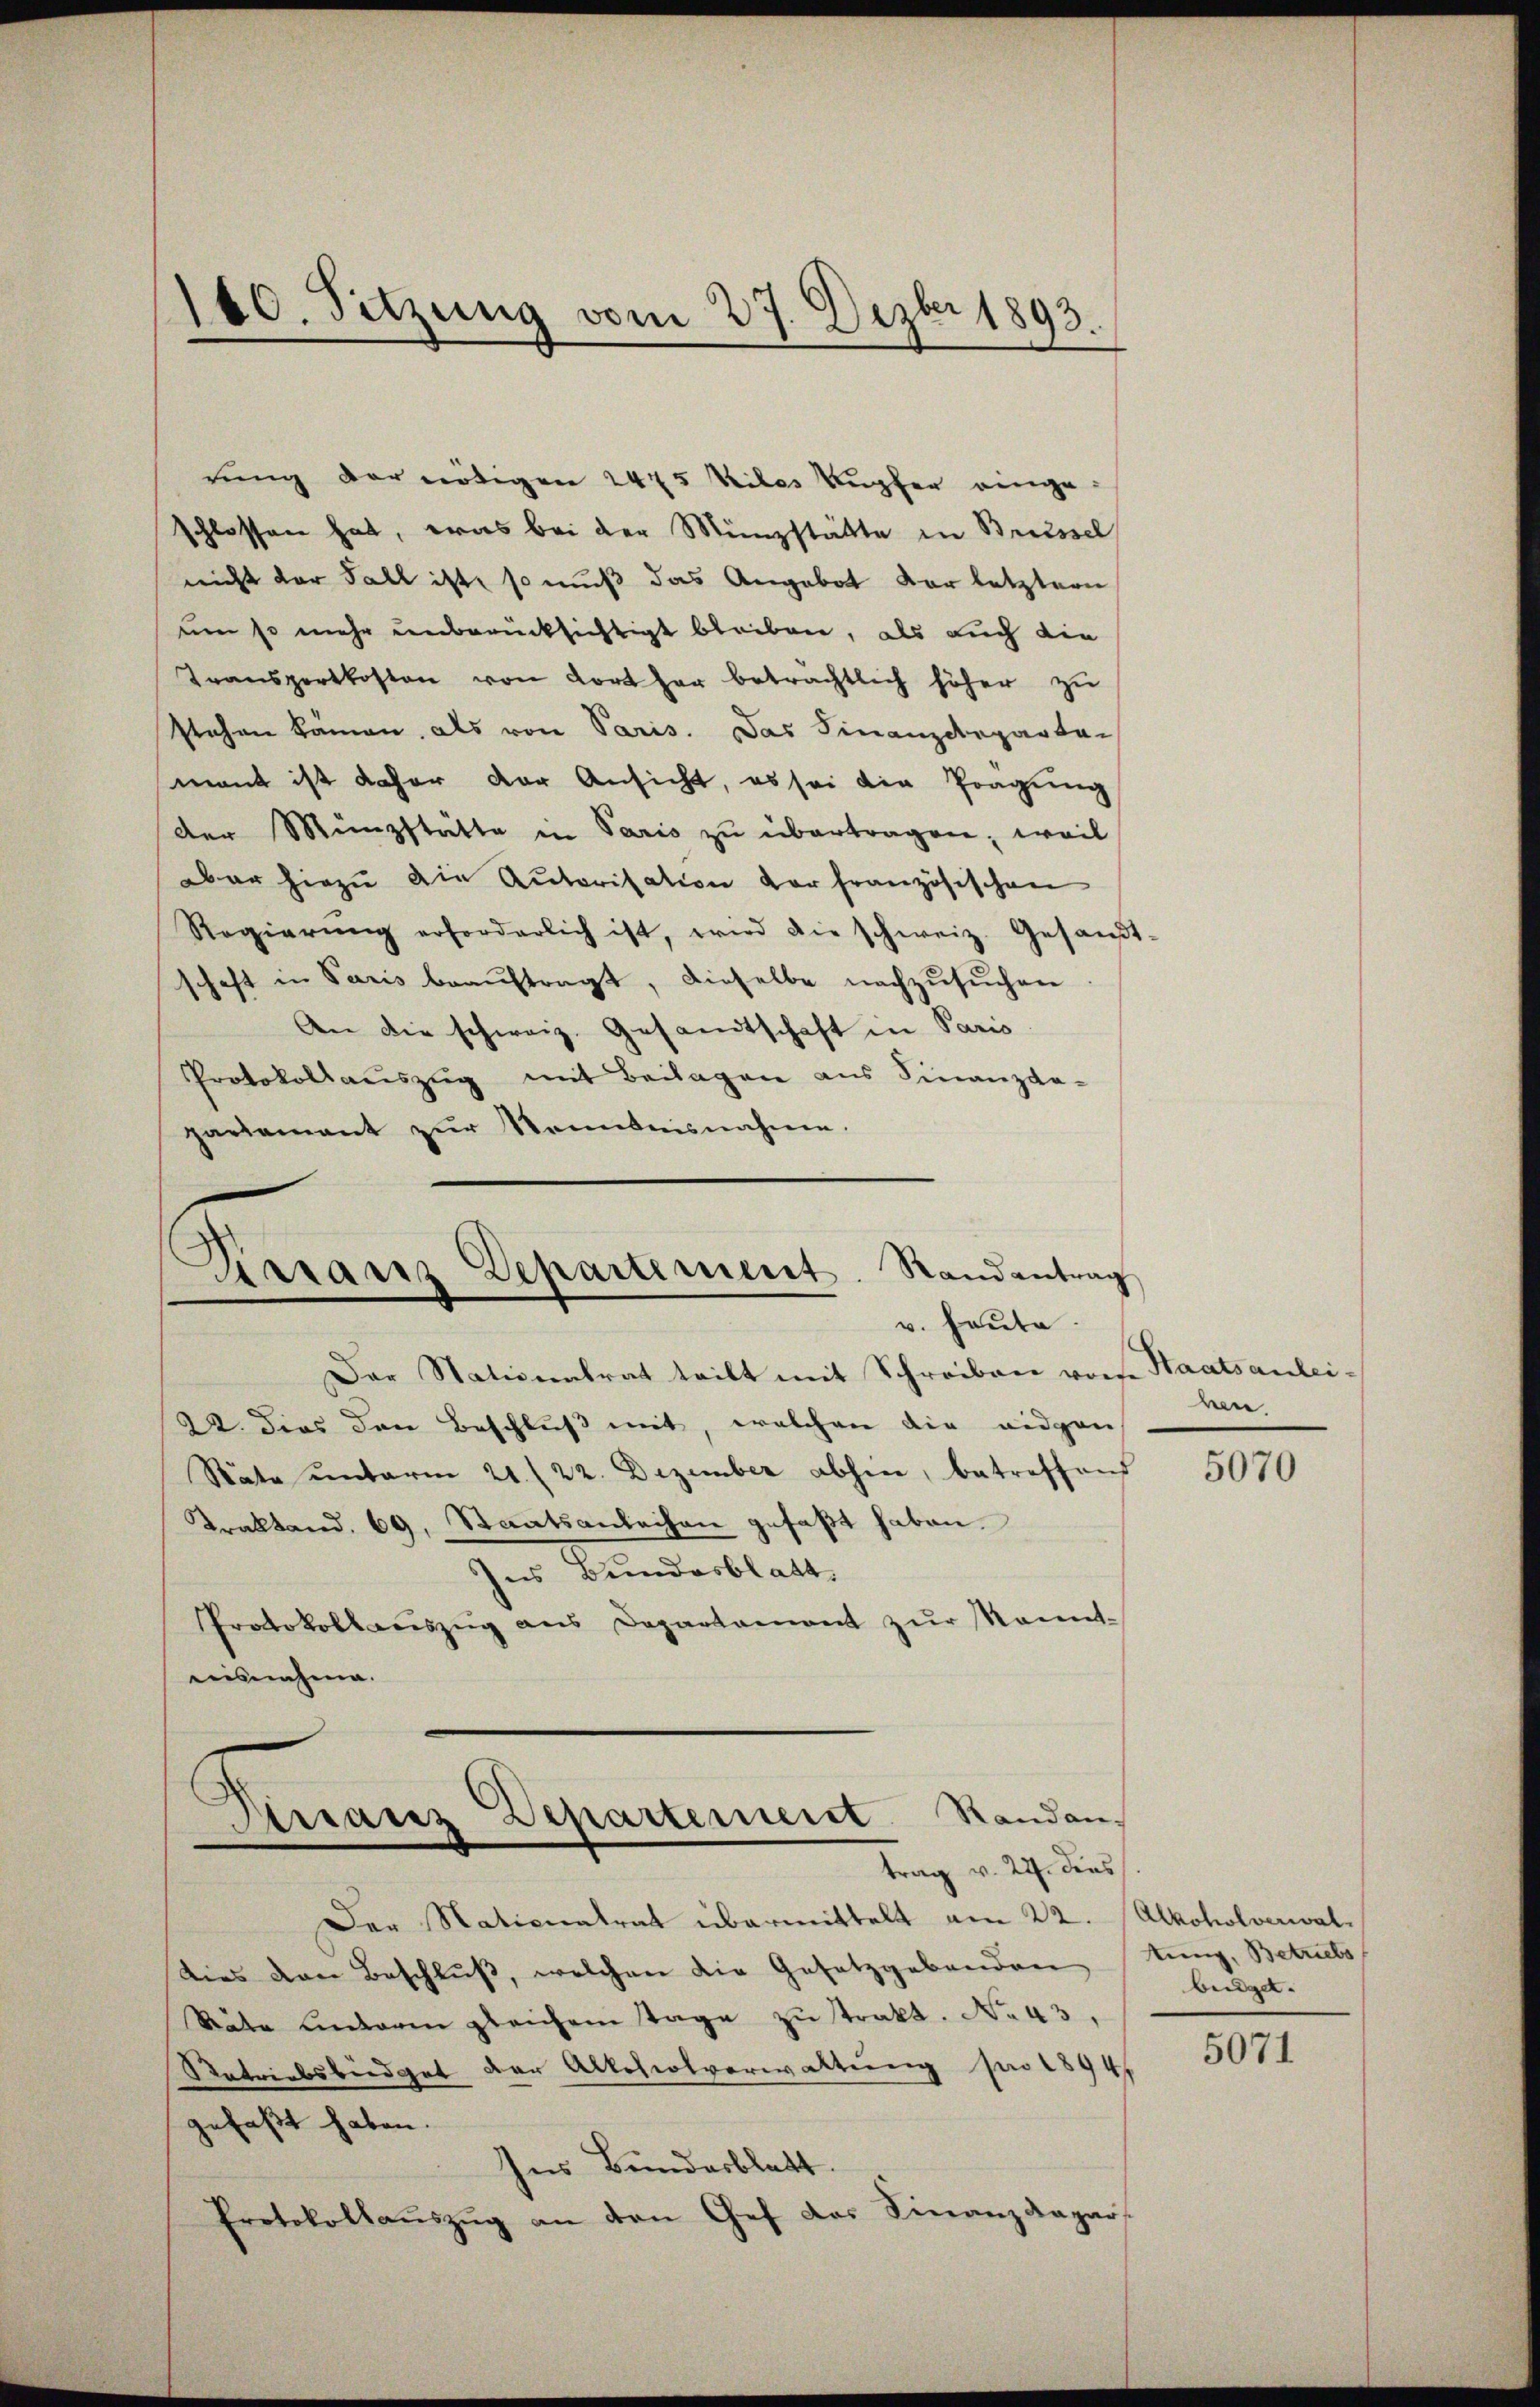
140. Sitzung vom 27. Dezbr 1893.

rung der nötigen 2475 Vibes Kupfer eingeschlossen hat, was bei der Münzstätte in Breissel
nicht der Fall ist, so muß das Angebot der letztern
um so mehr unberücksichtigt bleiben, als auch die
Transportkosten von dort her beträchtlich höher zu
stehen kämen, als von Paris. Das Finanzdeparta-
mant ist daher der Ansicht, es sei die Tragung
der Münzstätte in Paris zŭ übertragen; weil
aber hiezu die Autorisation vor französischen
Regierŭng erforderlich ist, wird die schweiz. Gesandt-
schaft in Paris beaŭftragt, dieselbe nachzusuchen
n
An die schweiz. Gesandtschaft in Paris
Protokollauszug mit Beilagen aus Finanzda-
partement zŭr Kenntnisnahme.

Dar Nationalrat teilt mit Schreiben vor Staatsanlei¬
22. Dies den Beschluß mit, welchen die eidgen
Stäte ŭnterm 21. 22. Dezember abhin, betreffend
Traktand. 69, Staatsanleihen gefaßt haben.
Ins Bundesblatt
Protokollauszug aus Departament zŭr Kennt-
aisnahme.

Karanz Departement. Randantrag
v. Heute.

Arranz Departement Randantrag v. 22. dies

Räte anderen gleichem Tage zu strakt. No 43,
Ratriebsbiedget der Allchiolverwaltung pro 1894/
gefaßt haben.
Ins Bundesblatt.
Protokollauszug an den Gef das Finanzdepar

Der Nationatrat übermittelt am 22. Alkoholverwaldies von Beschluß, welchen die Gesetzgebenden tung, Betriebs

ben

5070

beiget.

5071